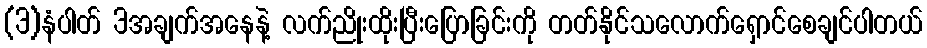
(3)နံပါတ် 3အချက်အနေနဲ့ လက်ညိုးထိုးပြီးပြောခြင်းကို တတ်နိုင်သလောက်ရှောင်စေချင်ပါတယ်